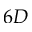
6 D